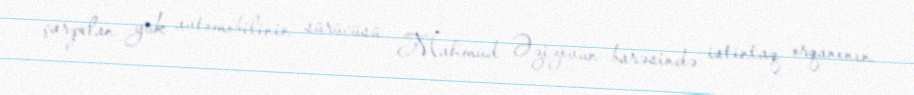
çarpılan yük avtomobilinin sürücüsü Mahmud Əzizovun barəsində istintaq orqanının